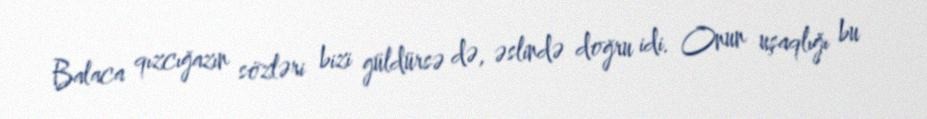
Balaca qızcığazın sözləri bizi güldürsə də, əslində doğru idi. Onun uşaqlığı bu